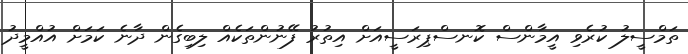
ތަމްސީލު ކުރެވި އީމާންސް ކޮނސްޕިރަސީއަށް އިތުރު ފޭނުންތަކެއް ލިބިގެން ދާނެ ކަމަށް އުއްމީދު